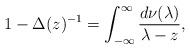
LaTeX: \begin{align*}1-\Delta(z)^{-1}=\int_{-\infty}^\infty \frac{d\nu(\lambda)}{\lambda-z},\end{align*}